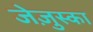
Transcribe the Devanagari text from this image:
जेज़ुस्का